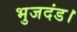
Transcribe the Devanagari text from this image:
भुजदंड।